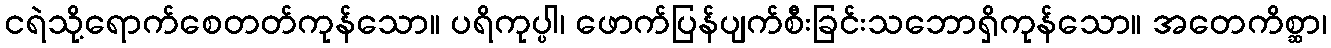
ငရဲသို့ရောက်စေတတ်ကုန်သော။ ပရိကုပ္ပါ၊ ဖောက်ပြန်ပျက်စီးခြင်းသဘောရှိကုန်သော။ အတေကိစ္ဆာ၊